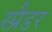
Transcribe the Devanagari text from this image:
स्प्रैडर